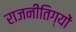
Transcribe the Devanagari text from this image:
राजनीतिग्यों